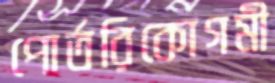
পোর্তরিকোগমী